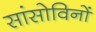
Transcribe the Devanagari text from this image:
सांसोविनों